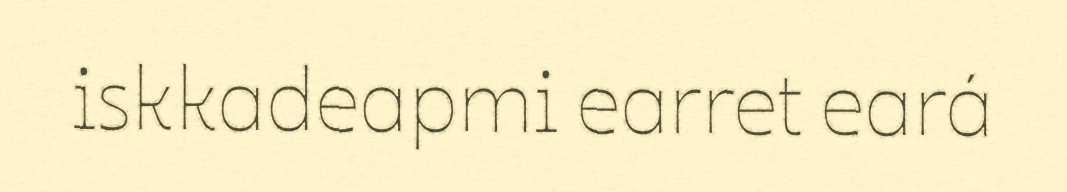
iskkadeapmi earret eará